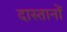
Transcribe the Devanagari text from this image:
दास्तानों